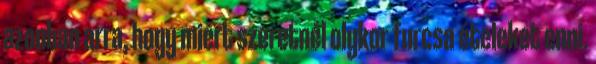
azonban arra, hogy miért szeretnél olykor furcsa ételeket enni.